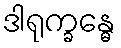
ဒါရုက္ခန္ဓေ